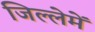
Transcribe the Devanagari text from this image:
जिल्लेमें